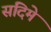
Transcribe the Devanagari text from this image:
सदिमे